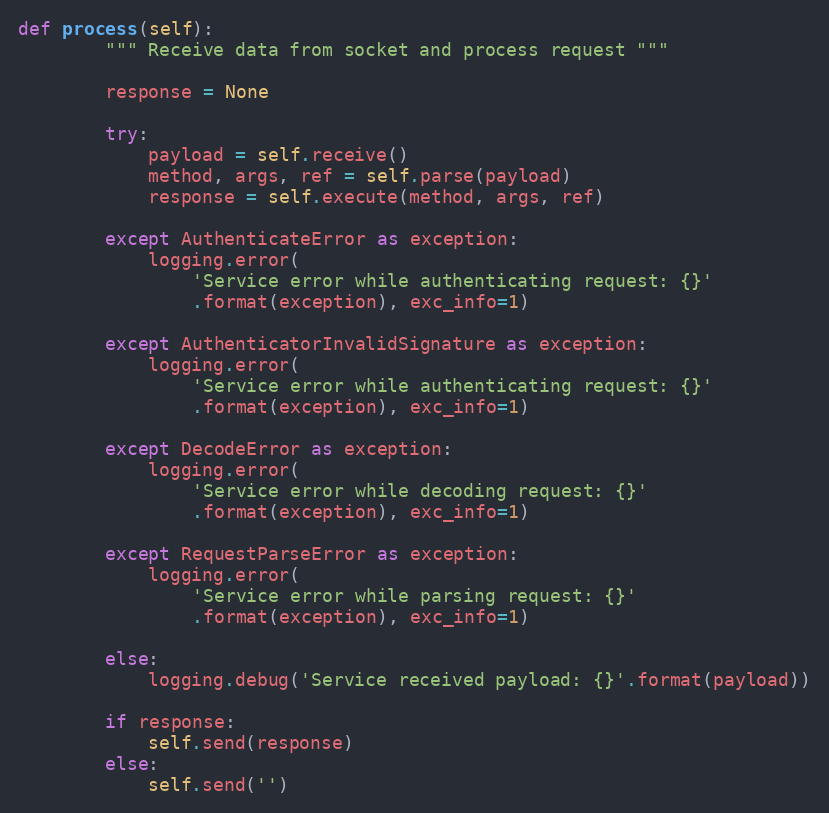
Language: Python
def process(self):
        """ Receive data from socket and process request """

        response = None

        try:
            payload = self.receive()
            method, args, ref = self.parse(payload)
            response = self.execute(method, args, ref)

        except AuthenticateError as exception:
            logging.error(
                'Service error while authenticating request: {}'
                .format(exception), exc_info=1)

        except AuthenticatorInvalidSignature as exception:
            logging.error(
                'Service error while authenticating request: {}'
                .format(exception), exc_info=1)

        except DecodeError as exception:
            logging.error(
                'Service error while decoding request: {}'
                .format(exception), exc_info=1)

        except RequestParseError as exception:
            logging.error(
                'Service error while parsing request: {}'
                .format(exception), exc_info=1)

        else:
            logging.debug('Service received payload: {}'.format(payload))

        if response:
            self.send(response)
        else:
            self.send('')